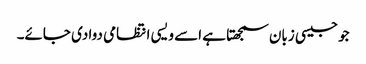
جو جیسی زبان سمجھتا ہے اسے ویسی انتظامی دوا دی جائے۔